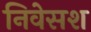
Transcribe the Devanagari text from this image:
निवेसश